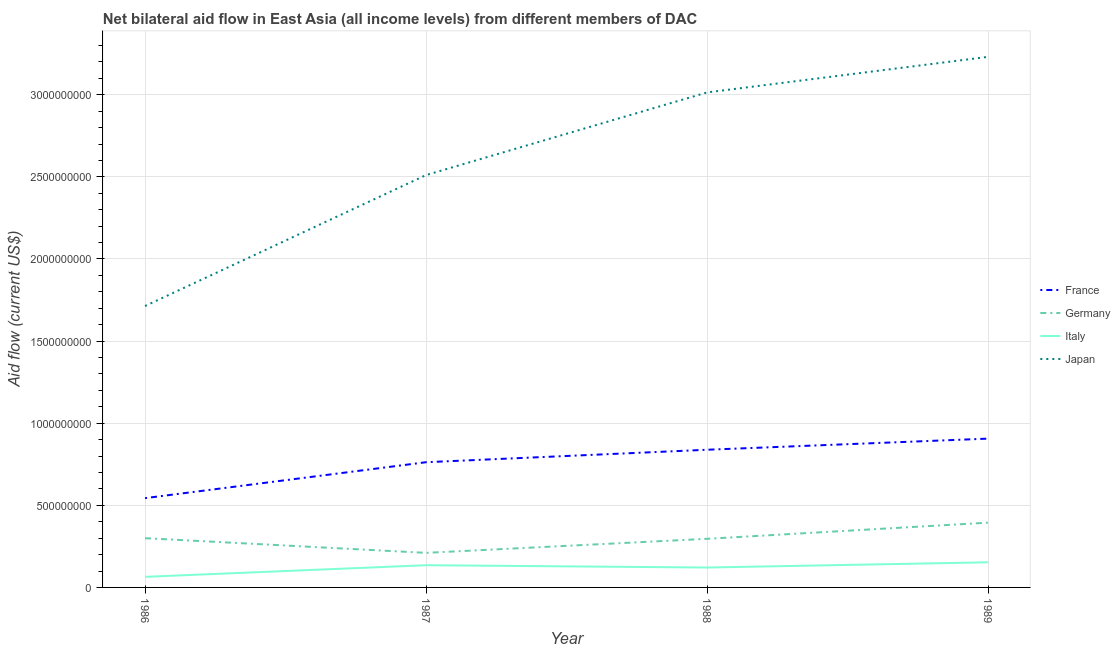
| Year | France | Germany | Italy | Japan |
 | --- | --- | --- | --- | --- |
 | 1986 | 5.44e+08 | 3e+08 | 6.44e+07 | 1.71e+09 |
 | 1987 | 7.62e+08 | 2.1e+08 | 1.35e+08 | 2.51e+09 |
 | 1988 | 8.38e+08 | 2.96e+08 | 1.21e+08 | 3.01e+09 |
 | 1989 | 9.06e+08 | 3.95e+08 | 1.53e+08 | 3.23e+09 |